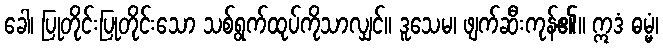
ခေါ၊ ပြုတိုင်းပြုတိုင်းသော သစ်ရွက်ထုပ်ကိုသာလျှင်။ ဒူသေမ၊ ဖျက်ဆီးကုန်၏။ ဣဒံ ဓမ္မံ၊